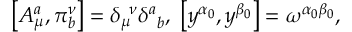
\left[ A _ { \mu } ^ { a } , \pi _ { b } ^ { \nu } \right] = \delta _ { \mu } ^ { \; \; \nu } \delta _ { \; \; b } ^ { a } , \; \left[ y ^ { \alpha _ { 0 } } , y ^ { \beta _ { 0 } } \right] = \omega ^ { \alpha _ { 0 } \beta _ { 0 } } ,